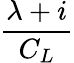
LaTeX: \frac{\lambda+i}{C_{L}}